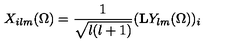
X _ { i l m } ( \Omega ) = \frac { 1 } { \sqrt { l ( l + 1 ) } } ( \mathrm { { \bf L } } Y _ { l m } ( \Omega ) ) _ { i }